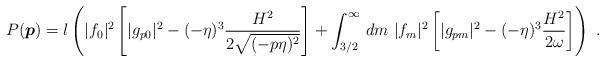
LaTeX: \begin{align*}P(\mbox{\boldmath $p$}) = l\left( |f_0|^2 \left[|g_{p0}|^2 -(-\eta)^3\frac{H^2}{2\sqrt{(-p\eta)^2}}\right] + \int_{3/2}^{\infty} \,dm \ |f_m|^2 \left[|g_{pm}|^2-(-\eta)^3\frac{H^2}{2\omega}\right] \right)\ .\end{align*}